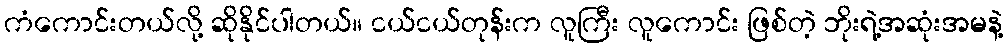
ကံကောင်းတယ်လို့ ဆိုနိုင်ပါတယ်။ ငယ်ငယ်တုန်းက လူကြီး လူကောင်း ဖြစ်တဲ့ ဘိုးရဲ့အဆုံးအမနဲ့